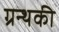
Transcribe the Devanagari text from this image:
ग्रन्थकी